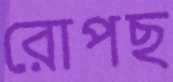
রোপছ